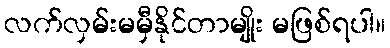
လက်လှမ်းမမှီနိုင်တာမျိုး မဖြစ်ရပါ။